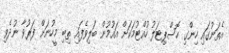
އެތަނުގައި ހިންގި ހޮސްޕިޓަލު ހުއްޓުމަކަށް އައުމުން ބަލިވެފައި ތިބި މީހުނަށް ފަރުވާ ނުދެވި